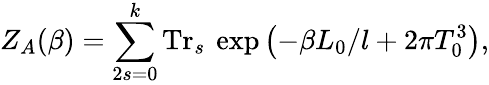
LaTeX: Z_{A}(\beta)=\sum_{2s=0}^{k}\mathrm{Tr}_{s}\: \exp\left(-\beta L_{0}/l+2\pi T_{0}^{3}\right),